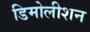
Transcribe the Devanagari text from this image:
डिमोलीशन